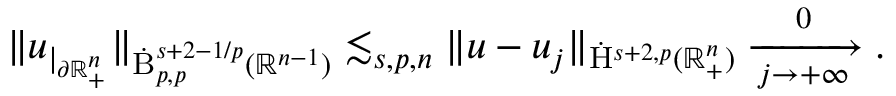
\begin{array} { r } { \lVert u _ { | _ { \partial \mathbb { R } _ { + } ^ { n } } } \rVert _ { \dot { \mathrm { B } } _ { p , p } ^ { s + 2 - { 1 / p } } ( \mathbb { R } ^ { n - 1 } ) } \lesssim _ { s , p , n } \lVert u - u _ { j } \rVert _ { \dot { \mathrm { H } } ^ { s + 2 , p } ( \mathbb { R } _ { + } ^ { n } ) } \xrightarrow [ j \rightarrow + \infty ] 0 \mathrm { . } } \end{array}